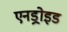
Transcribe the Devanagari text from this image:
एनड्रोइड